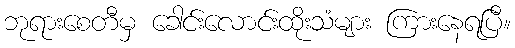
ဘုရားစေတီမှ ခေါင်းလောင်းထိုးသံများ ကြားနေရပြီ။